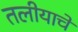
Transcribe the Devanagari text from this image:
तलीयाचे